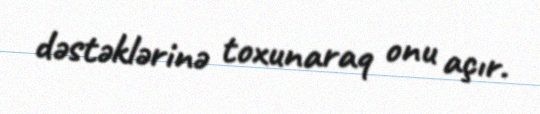
dəstəklərinə toxunaraq onu açır.